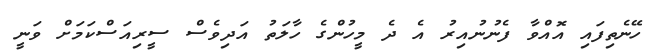
ހޭނެތިފައި އޮއްވާ ފެނުނުއިރު އެ ދެ މީހުންގެ ހާލަތު އަދިވެސް ސީރިއަސްކަމަށް ވަނީ